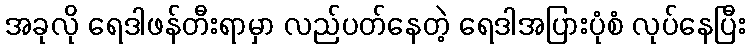
အခုလို ရေဒါဖန်တီးရာမှာ လည်ပတ်နေတဲ့ ရေဒါအပြားပုံစံ လုပ်နေပြီး